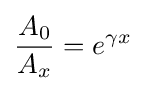
{\frac {A_{0}}{A_{x}}}=e^{\gamma x}